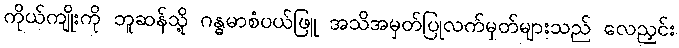
ကိုယ်ကျိုးကို ဘူဆန်သို့ ဂန္ဓမာစံပယ်ဖြူ အသိအမှတ်ပြုလက်မှတ်များသည် လေညှင်း